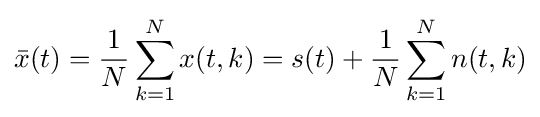
{\bar {x}}(t)={\frac {1}{N}}\sum _{k=1}^{N}x(t,k)=s(t)+{\frac {1}{N}}\sum _{k=1}^{N}n(t,k)